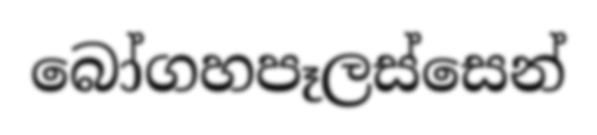
බෝගහපෑලස්සෙන්